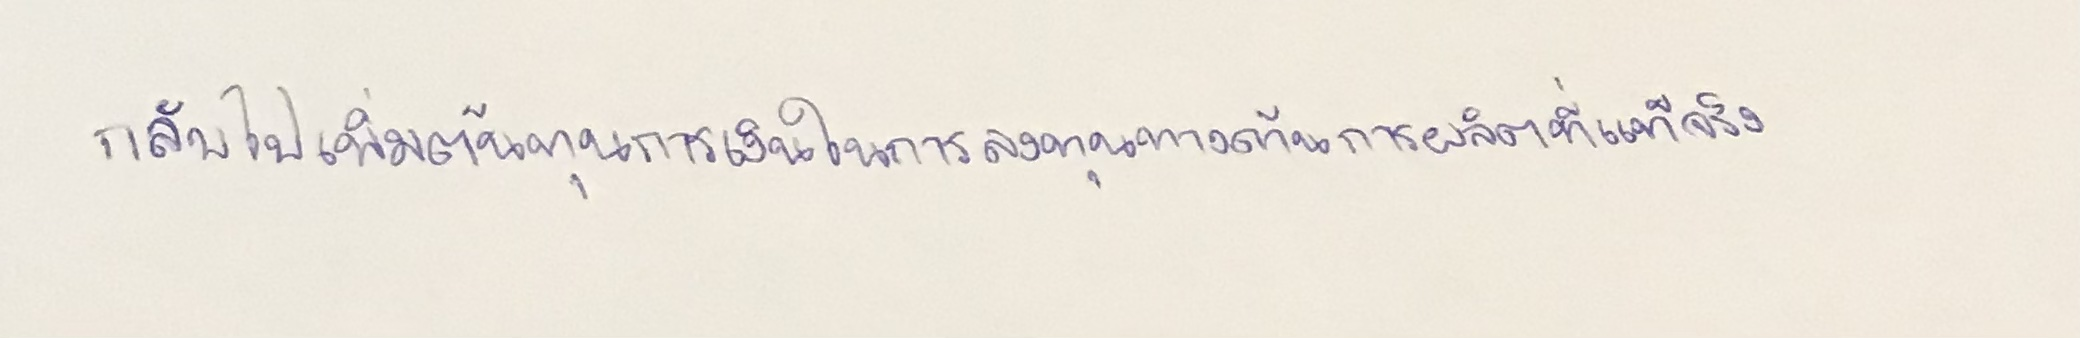
กลับไปเพิ่มต้นทุนการเงินในการลงทุนทางด้านการผลิตที่แท้จริง